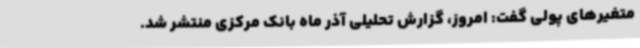
متغیرهای پولی گفت: امروز، گزارش تحلیلی آذر ماه بانک مرکزی منتشر شد.